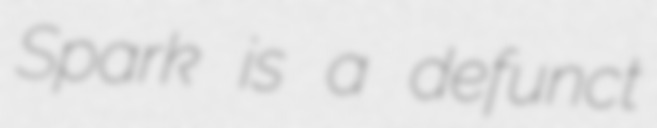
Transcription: Spark is a defunct